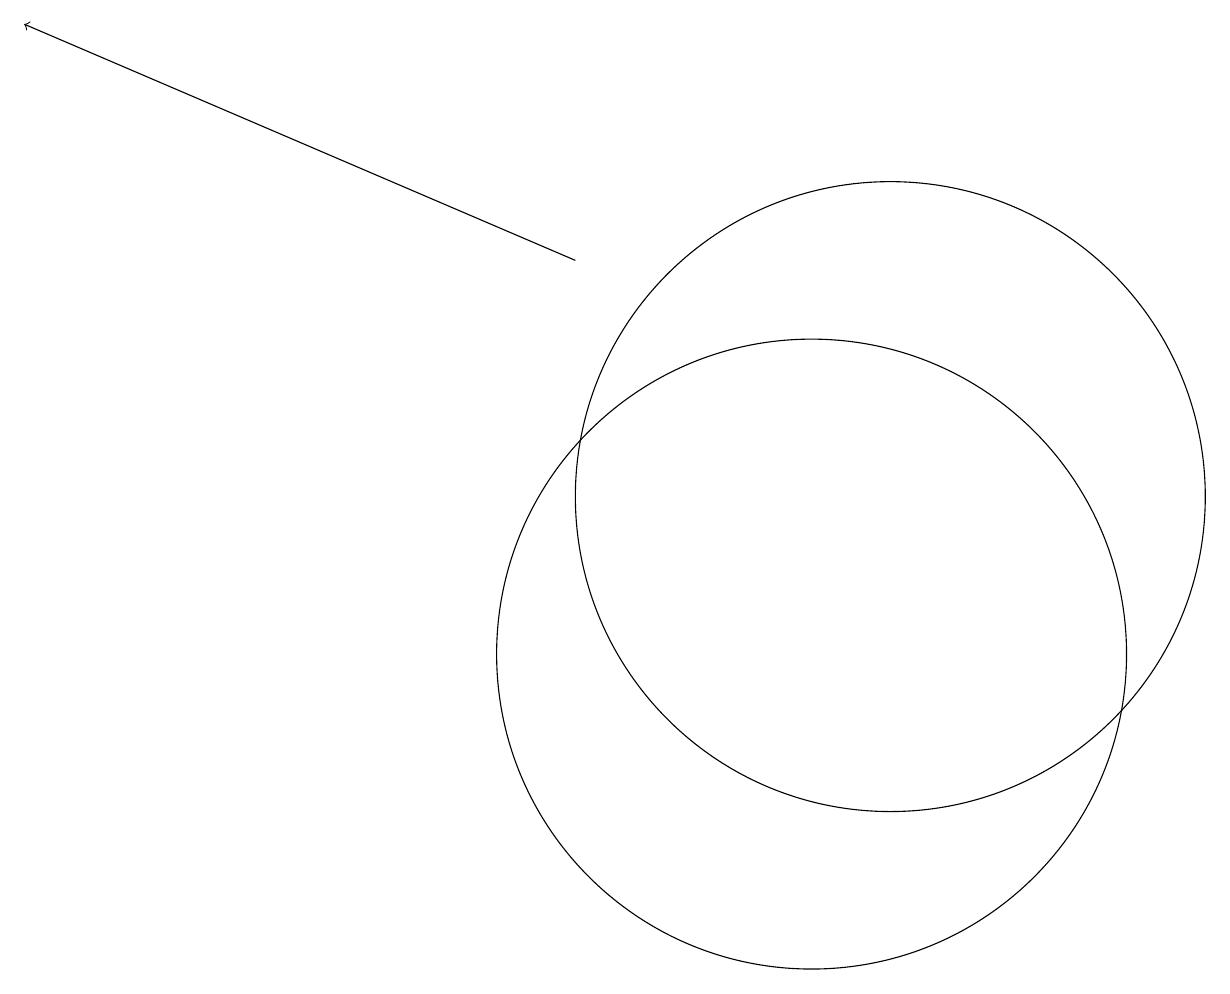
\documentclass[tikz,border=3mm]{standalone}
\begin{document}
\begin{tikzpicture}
\draw[->] (7,15) -- (0,18);
\draw (10,10) circle (4);
\draw (11,12) circle (4);
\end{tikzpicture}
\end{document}